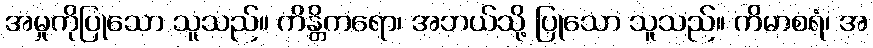
အမှုကိုပြုသော သူသည်။ ကိန္တိကရော၊ အဘယ်သို့ ပြုသော သူသည်။ ကိမာစရံ၊ အ